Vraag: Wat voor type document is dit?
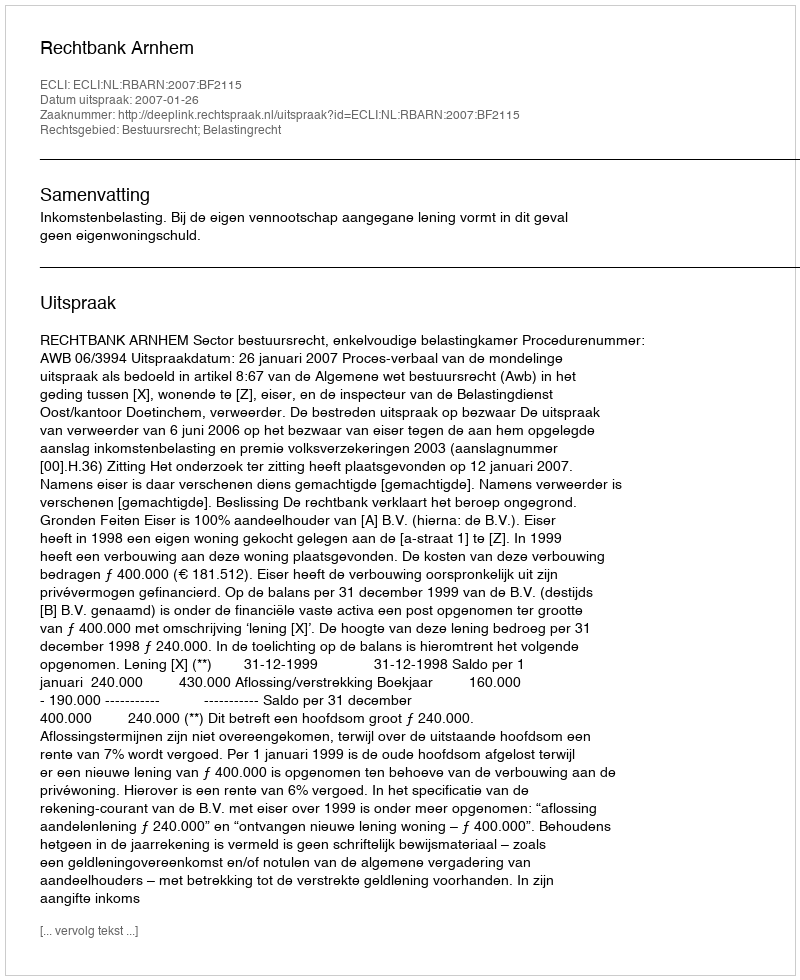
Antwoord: Uitspraak